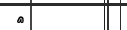
٧